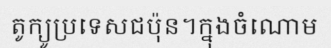
តូក្យូប្រទេសជប៉ុន។ក្នុងចំណោម